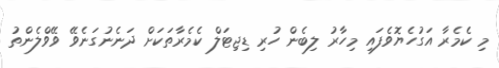
މި ކެމެރާ އަގުހެޔޮވެފައި މިހާރު ލިބެން ހުރި ޑިޖިޓަލް ކެމެރާތަކަށް ދަނެނުގަނެވޭ ވޭވްލެންތު